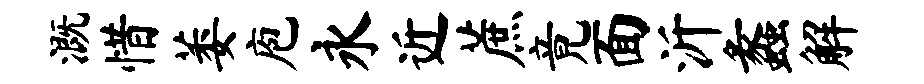
溉惜萎庖永近蔗竟面沂蠡解